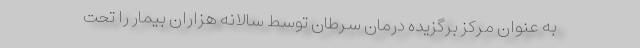
به عنوان مرکز برگزیده درمان سرطان توسط سالانه هزاران بیمار را تحت